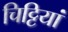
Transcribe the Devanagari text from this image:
चिट्टियां